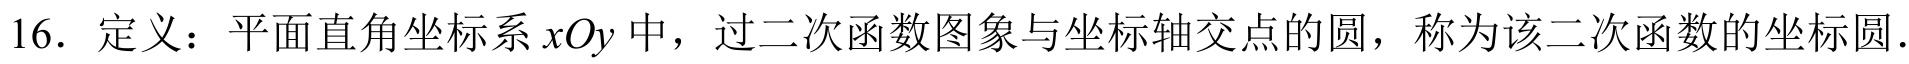
16. 定义：平面直角坐标系\(xOy\)中，过二次函数图象与坐标轴交点的圆，称为该二次函数的坐标圆.